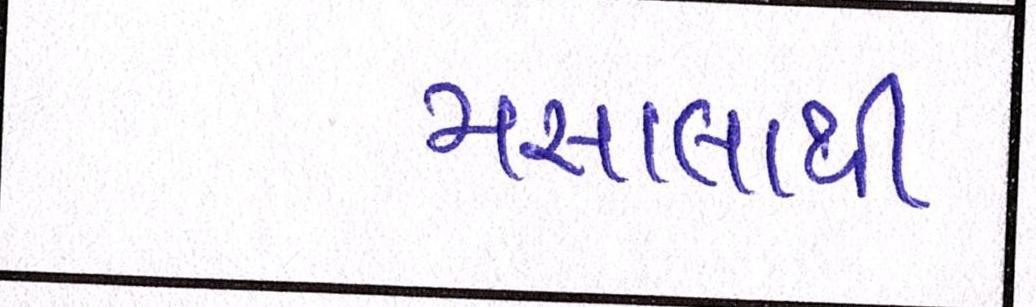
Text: મસાલાથી